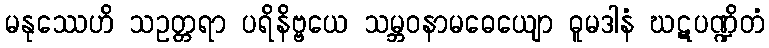
မနုဿေဟိ သဥတ္တရာ ပရိနိဗ္ဗယေ သမ္ဘဝနာမဓေယျော ဓူမဒါနံ ဃဋပဏ္ဍိတံ